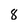
Character: 8